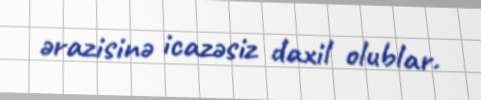
ərazisinə icazəsiz daxil olublar.